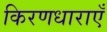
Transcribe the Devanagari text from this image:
किरणधाराएँ